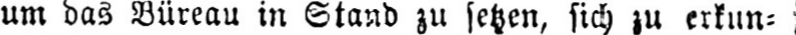
um das Büreau in Stand zu setzen, sich zu erkun⸗